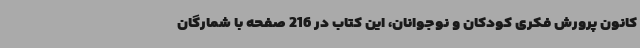
کانون پرورش فکری کودکان و نوجوانان، این کتاب در 216 صفحه با شمارگان